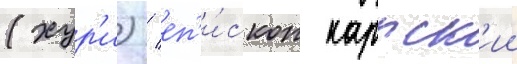
(хур'и) / еп'и́скоп каррск'ии